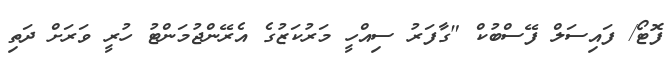
ފޮޓޯ/ ފައިސަލް ފޭސްބުކް "ގާފަރު ސިއްހީ މަރުކަޒުގެ އެރޭންޖުމަންޓު ހުރީ ވަރަށް ދަތި